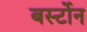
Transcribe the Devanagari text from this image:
बर्स्टोन